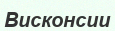
Висконсии